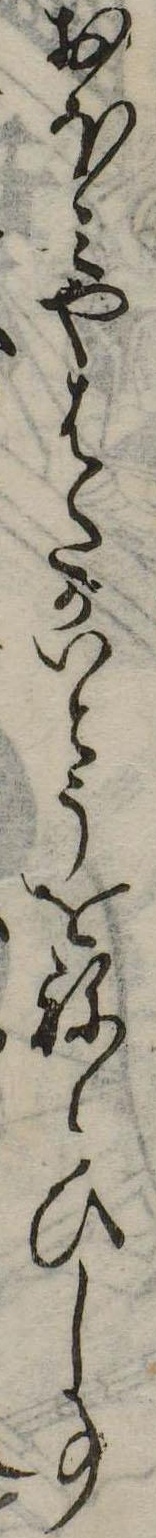
おほみやはたがいとうをねらひし事